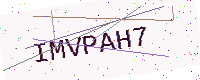
Text: IMVPAH7